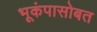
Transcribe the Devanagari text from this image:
भूकंपासोबत